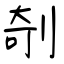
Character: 剞